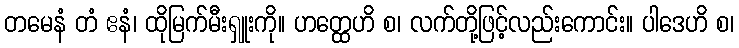
တမေနံ တံ ဧနံ၊ ထိုမြက်မီးရှူးကို။ ဟတ္ထေဟိ စ၊ လက်တို့ဖြင့်လည်းကောင်း။ ပါဒေဟိ စ၊